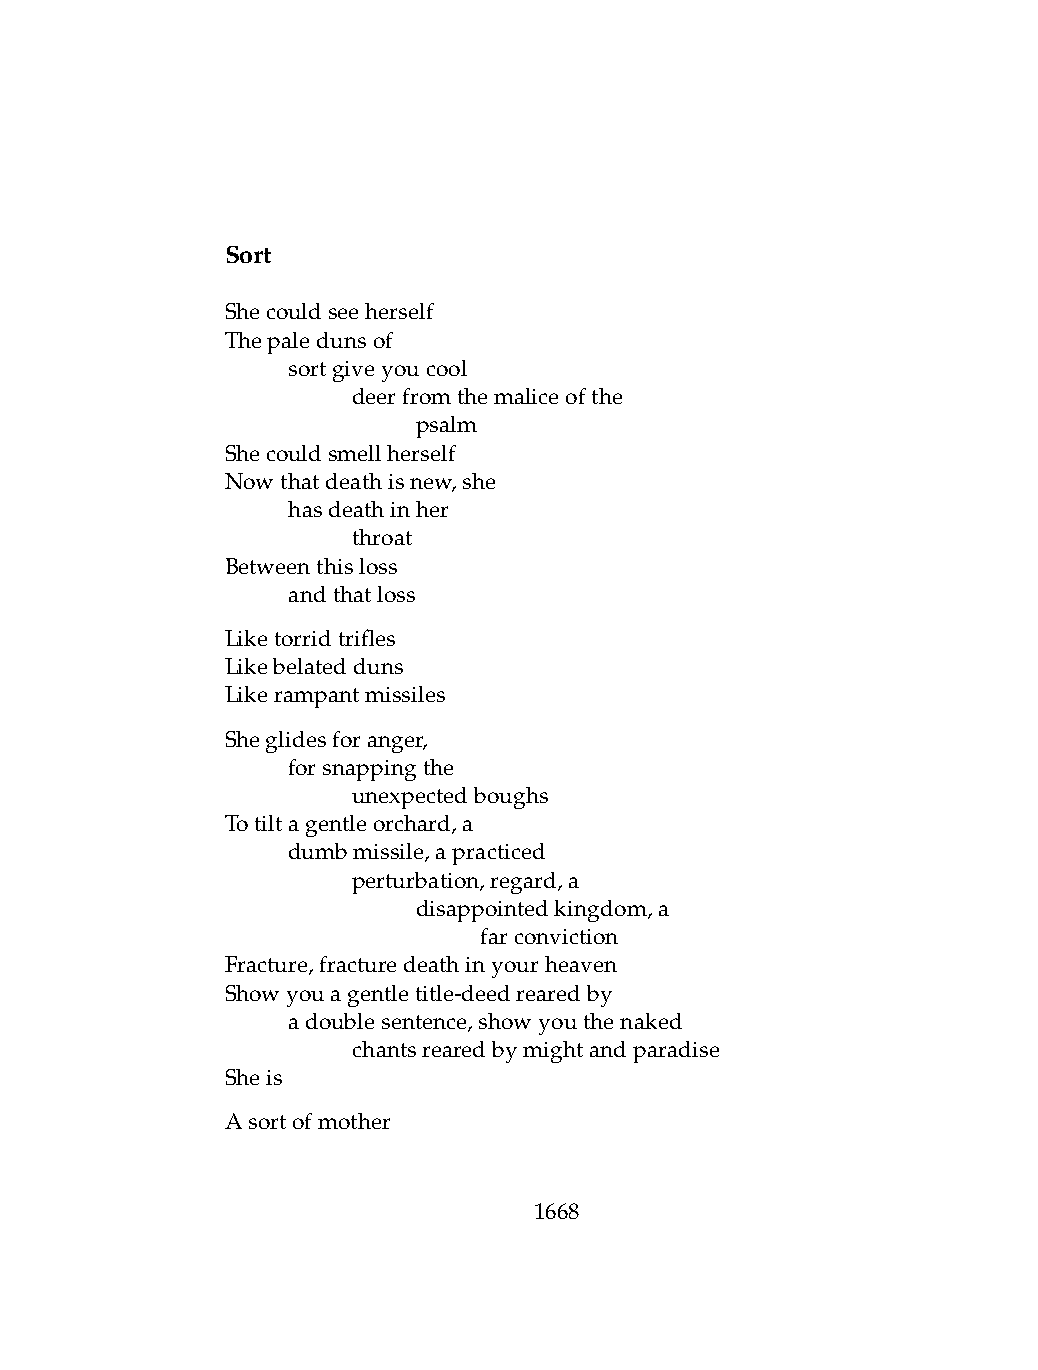
Sort
 Shecouldseeherself
 Thepaledunsof
 .   sortgiveyoucool
 .   .   deerfromthemaliceofthe
 .   .   .    psalm
 Shecouldsmellherself
 Nowthatdeathisnew,she
 .   hasdeathinher
 .   .   throat
 Betweenthisloss
 .   andthatloss
 Liketorridtrifles
 Likebelatedduns
 Likerampantmissiles
 Sheglidesforanger,
 .   forsnappingthe
 .   .   unexpectedboughs
 Totiltagentleorchard,a
 .   dumbmissile,apracticed
 .   .   perturbation,regard,a
 .   .   .    disappointedkingdom,a
 .   .   .    .   farconviction
 Fracture,fracturedeathinyourheaven
 Showyouagentletitle-deedrearedby
 .   adoublesentence,showyouthenaked
 .   .   chantsrearedbymightandparadise
 Sheis
 Asortofmother
 1668